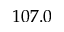
1 0 7 . 0